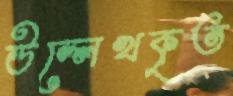
উল্লেখকৃত